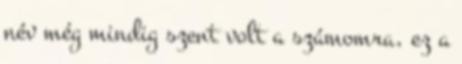
név még mindig szent volt a számomra, ez a